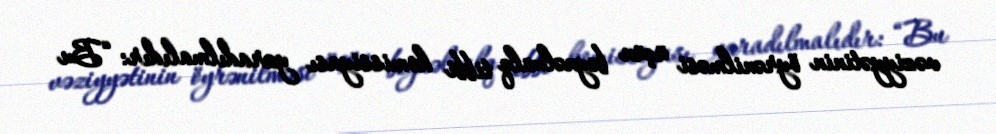
vəziyyətinin öyrənilməsi üçün beynəlxalq tibbi komissiyası yaradılmalıdır: “Bu